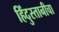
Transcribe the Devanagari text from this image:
हिंदुस्तानीचा